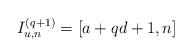
LaTeX: \begin{align*}I_{u,n}^{(q+1)} = [a+qd+1, n]\end{align*}